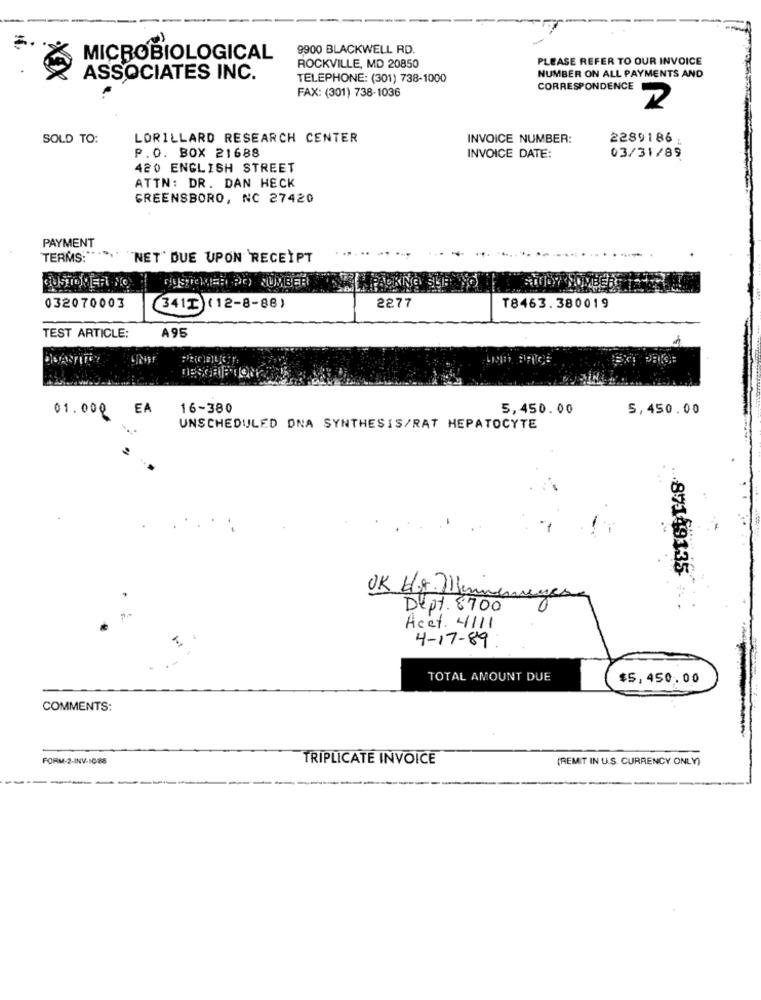
9900 BLACKWELL RD.
MICROBIOLOGICAL
PLEASE REFER TO OUR INVOICE
ROCKVILLE, MD 20850
ASSOCIATES INC.
TELEPHONE: (301) 738-1000
NUMBER ON ALL PAYMENTS AND
CORRESPONDENCE
FAX: (301) 738-1036
2
SOLD TO:
LORILLARD RESEARCH CENTER
INVOICE NUMBER:
2289186
P.O. BOX 21688
INVOICE DATE:
03/31/89
420 ENGLISH STREET
ATTN: DR. DAN HECK
GREENSBORO, NC 27420
PAYMENT
TERMS :****
"NET' DUE UPON RECEIPT
"CUSTOMER PO) JUMBEE
032070003
3413 (12-8-88)
2277
T8463.380019
A 95
TEST ARTICLE:
01.000 EA
16-380
5,450.00
5,450.00
UNSCHEDULED DNA SYNTHESIS/RAT HEPATOCYTE
.871493.35
OK Hr. Menmenages
Dept. 8700
Acet. 4111
4-17-89
TOTAL AMOUNT DUE
$5,450.00
COMMENTS:
FORM-2-INV-10-86
TRIPLICATE INVOICE
(REMIT IN U.S. CURRENCY ONLY)